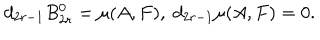
d _ { 2 r - 1 } B _ { 2 r } ^ { 0 } = \mu ( A , F ) , \; d _ { 2 r - 1 } \mu ( A , F ) = 0 .